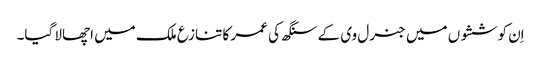
اِن کوششوں میں جنرل وی کے سنگھ کی عمر کا تنازع ملک میں اچھالا گیا۔